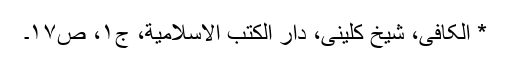
* الکافی، شیخ کلینی، دار الكتب الاسلامية، ج۱، ص۱۷۔